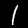
Label: 1